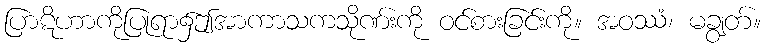
ပြာဋိဟာကိုပြုရာ၌ဤအာကာသကသိုဏ်းကို ဝင်စားခြင်းကို။ အဝဿံ၊ မချွတ်။